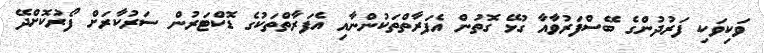
ވަކިވަކި ފަރުދުންގެ ބޭސްފަރުވާއާ ގުޅޭ ގޮތުން އެފަރާތްތަކުންނާއި އެފަރާތްތަކުގެ ޑޮކްޓަރުން ސަރުކާރަށް ފޯރުކޮށްދޭ